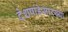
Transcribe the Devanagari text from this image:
देशपांडेसारख्या